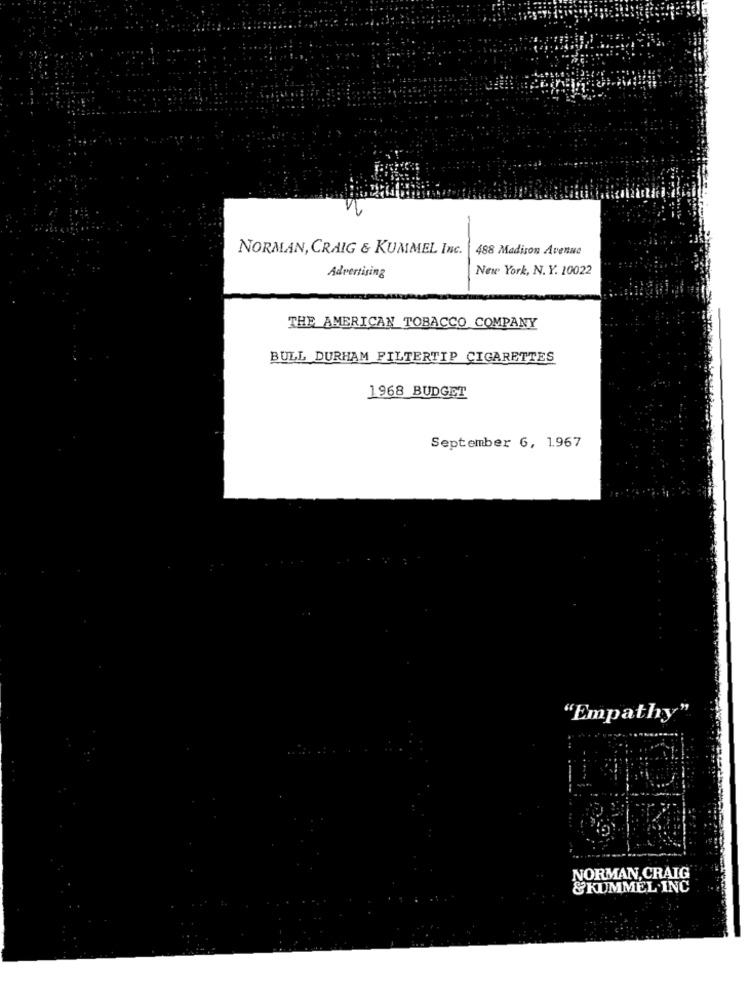
-
NORMAN, CRAIG & KUMMEL Inc.
488 Madison Avenue
New York, N. Y. 10022
Advertising
THE AMERICAN TOBACCO COMPANY
BULL DURHAM FILTERTIP CIGARETTES
1968 BUDGET
September 6, 1967
"Empathy"
NORMAN, CRAIG
& KUMMEL.INC